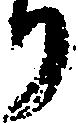
り